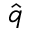
\hat { q }